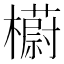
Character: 𣞨